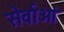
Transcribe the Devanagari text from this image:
सेर्वाओं